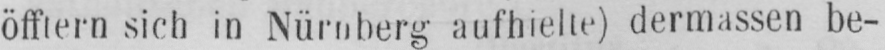
sich in Nürnberg aufhielte) dermassen be-